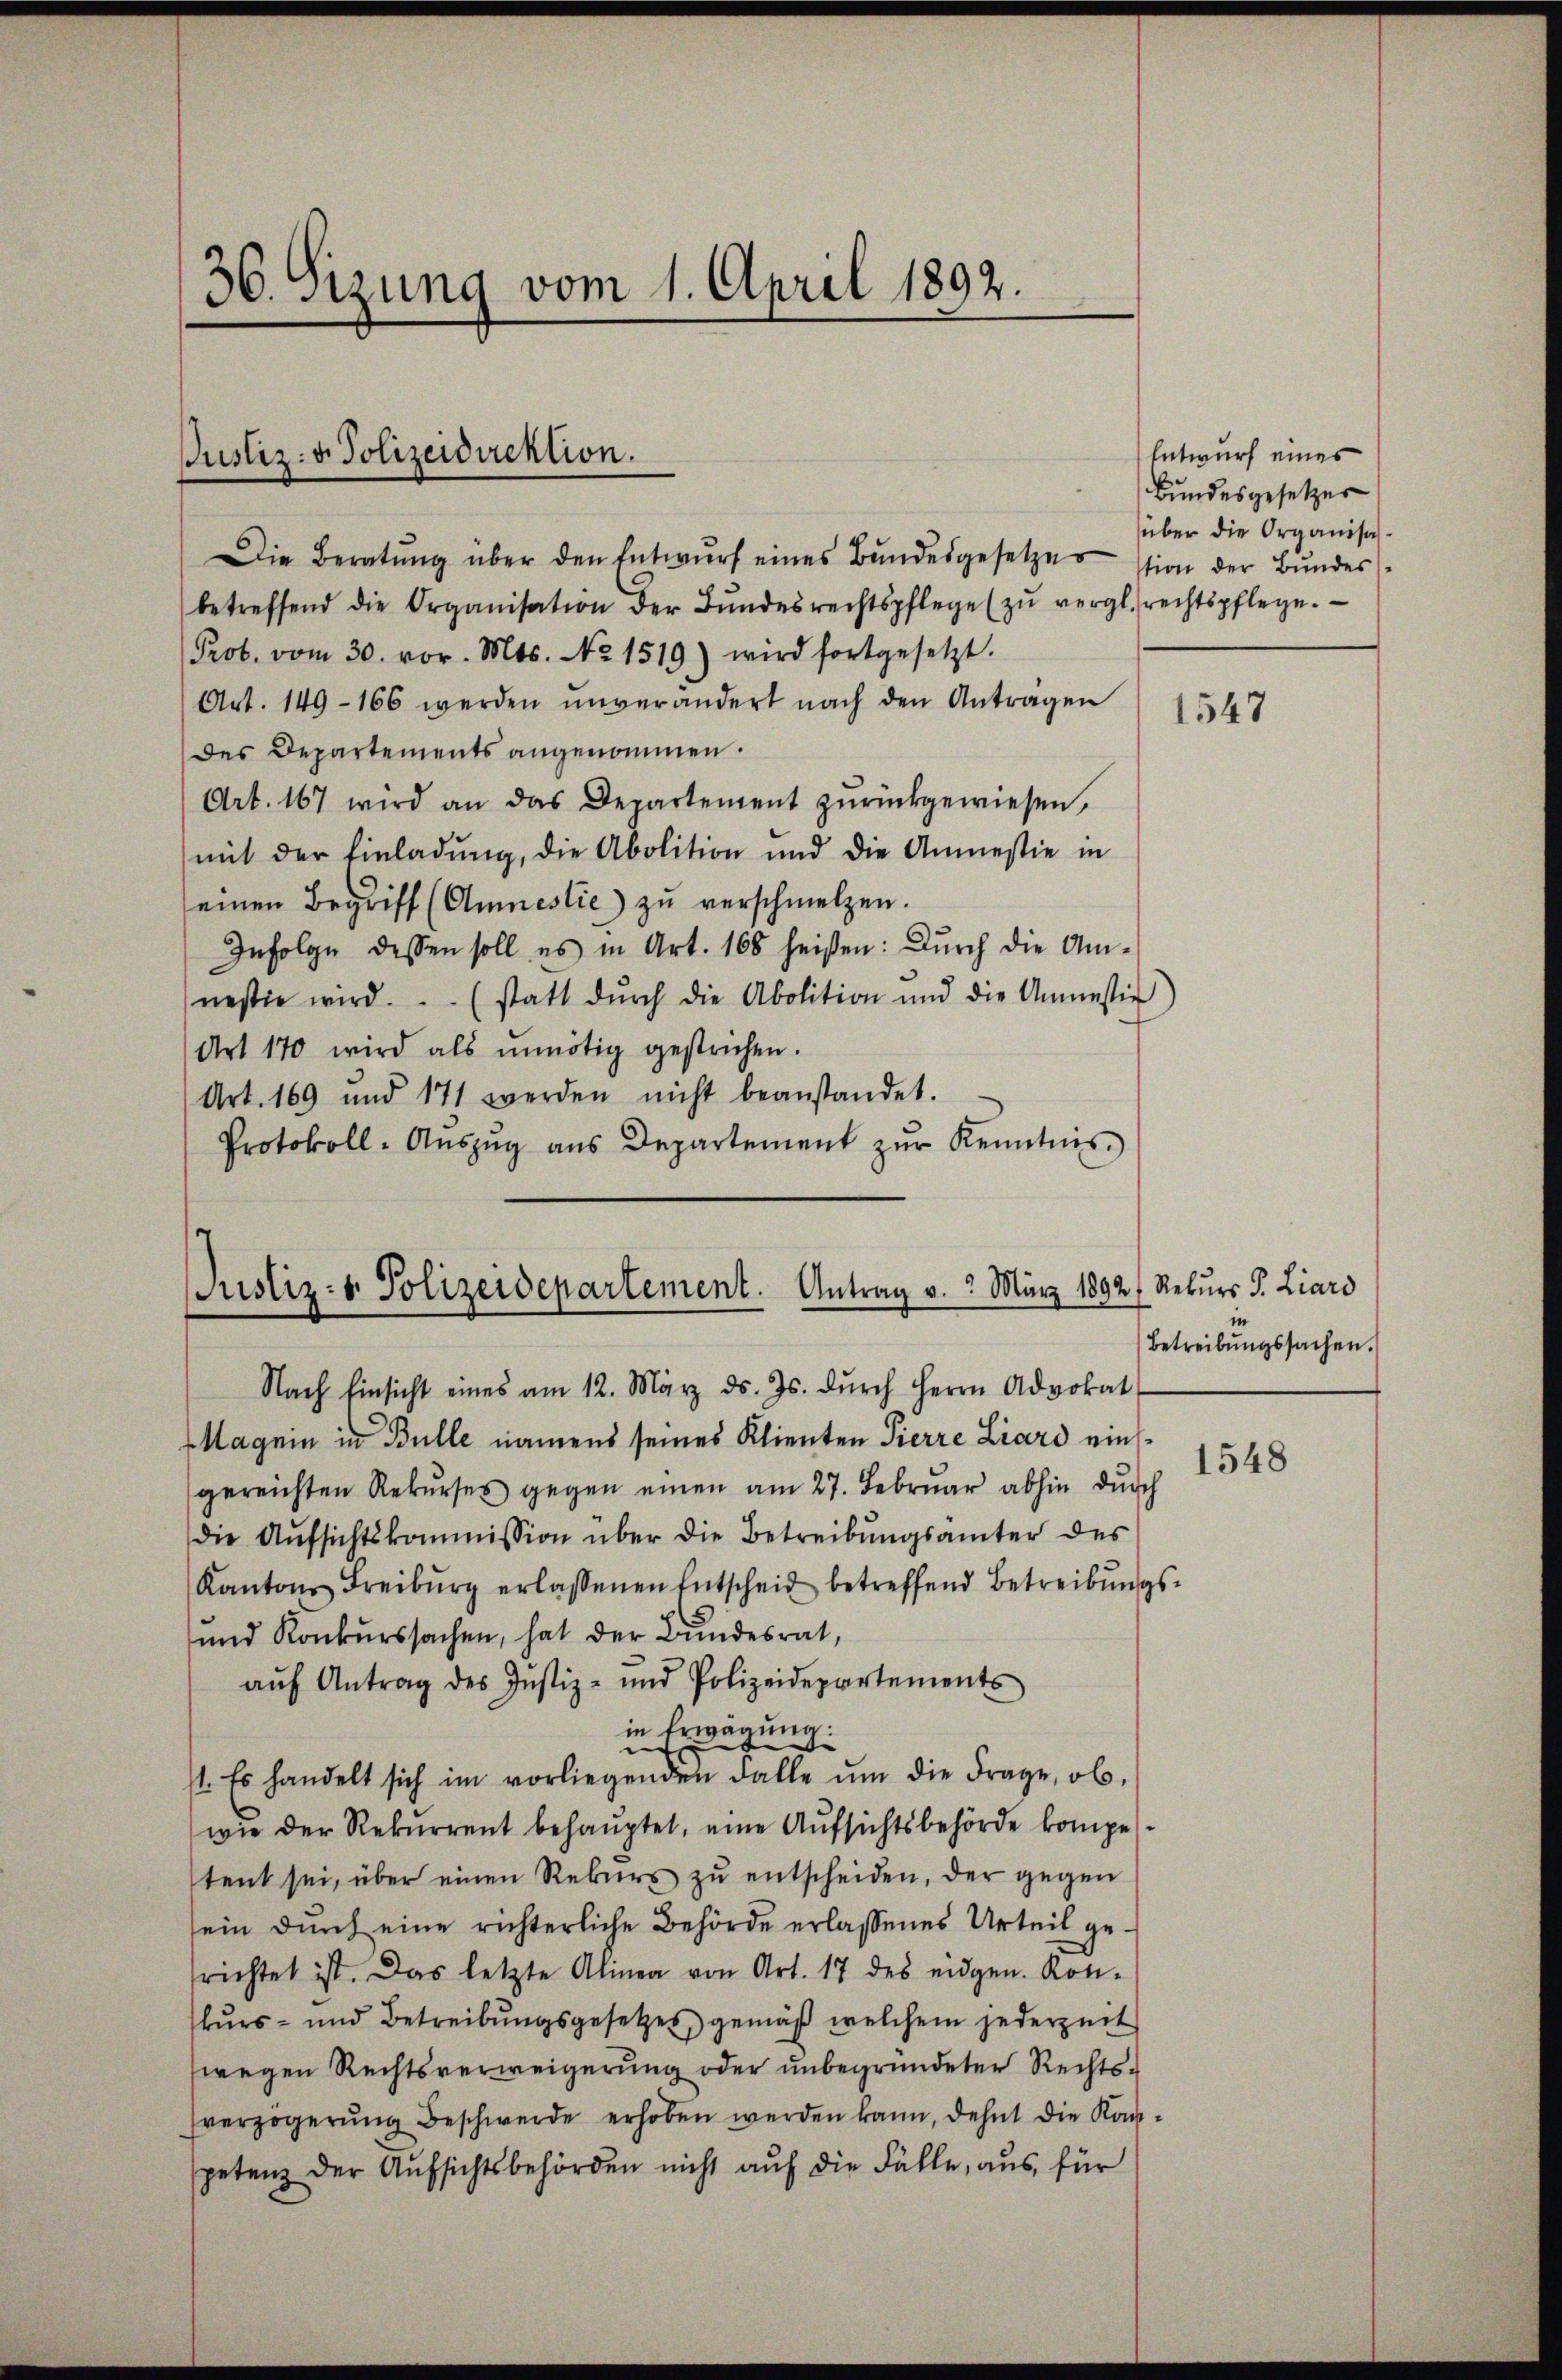
36. Sizung vom 1. April 1892.

Justiz- & Polizeidirektion.

Die Beratŭng über den Entwŭrf eines Bŭndesgesetzes stion der Bundes
betreffend die Organisation der Bŭndesrechtspflege (zŭ vergl. rechtspflege.
Prob. vom 30. vor. Mts. No. 1519) wird fortgesetzt.
Art. 149-166 werden unverändert nach den Antragen
des Departements angenommen.
Art. 167 wird an das Departement zŭrückgewiesen,
mit der Einladŭng, die Abolition und die Anmessie in
einen Begriff (Amnestie) zu verschmelzen.
Infolge dessen soll es in Art. 168 heißen: Durch die Amnestie wird. (statt dŭrch die Abolition und die Amnestig
Art 170 wird als ŭnnötig gestrichen.
Art. 169 und 171 werden nicht beanstandet.
Protokoll-Aŭszŭg aŭs Departement zŭr Kenntnis.

Justiz- & Polizeidepartement. Antrag v. 2. März 1892.

Entwurf eines
Bundesgesetzer
über die Organisa¬

Nach Einsicht eines am 12. März d. Js. dŭrch Herrn Advokat
Magnin in Bulle namens seines Klienten Pierre Liard einsgereichten Rekŭrses gegen einen am 27. Februar abhin durch
die Aŭfsichtskommission über die Betreibungsämter des
Kantons Freiburg erlassenen Entscheid betreffend Betreibŭngs-
und Konkurssachen, hat der Bundesrat,
aŭf Antrag des Justiz- und Polizeidepartements
in Erwägung:
st. Es handelt sich im vorliegenden Falle ŭm die Frage, ob
wie der Rekurrent behauptet, eine Aufsichtsbehörde kompetent sei, über einen Rekurs zŭ entscheiden, der gegen
ein dŭrch eine richterliche Behörde erlassenes Urteil ge-
richtet ist. Das letzte Alinea von Art. 17 des eidgen. Kon-
stŭrs- und Betreibŭngsgesetzes gemäβ welchem jederzeit
wegen Rechtsverweigerung oder unbegründeter Rechtsverzögerŭng beschwerde erhoben werden kann, dehnt die Kanpetenz der Aufsichtsbehörden nicht auf die Fälle, aus für

1547

Rekurs P. Liard
Betreibungssachen.

1548